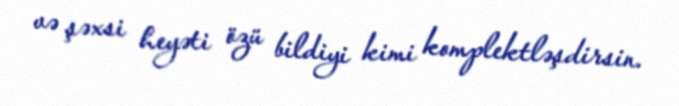
və şəxsi heyəti özü bildiyi kimi komplektləşdirsin.